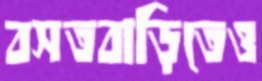
বসতবাড়িতেও